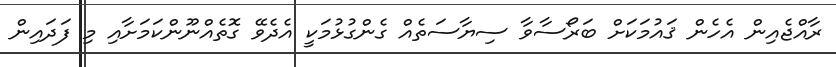
ރާއްޖެއިން އެހެން ޤައުމަކަށް ބަރޯސާވާ ސިޔާސަތެއް ގެންގުޅުމަކީ އެދެވޭ ގޮތެއްނޫންކަމަށާއި މި ފަދައިން